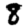
Digit: 8